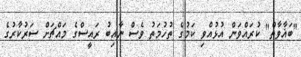
"ބަޣާވާތް" ކުރައްވަން އުޅުއްވި ކަމުގެ ތުހުމަތު ވެސް ނާއިބު ރައީސްގެ މައްޗަށް ސަރުކާރުގެ